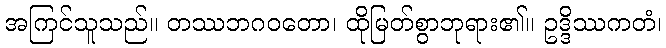
အကြင်သူသည်။ တဿဘဂဝတော၊ ထိုမြတ်စွာဘုရား၏။ ဥဒ္ဒိဿကတံ၊